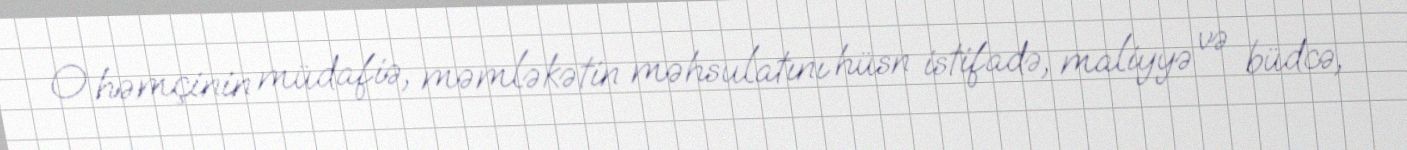
O həmçinin müdafiə, məmləkətin məhsulatını hüsn istifadə, maliyyə və büdcə,